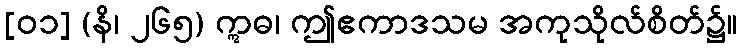
[၀၁] (နိ၊ ၂၆၅) ဣဓ၊ ဤဧကာဒသမ အကုသိုလ်စိတ်၌။